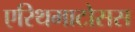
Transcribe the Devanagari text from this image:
एरिथमाटोसस